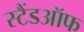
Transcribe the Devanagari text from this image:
स्टैंडऑफ